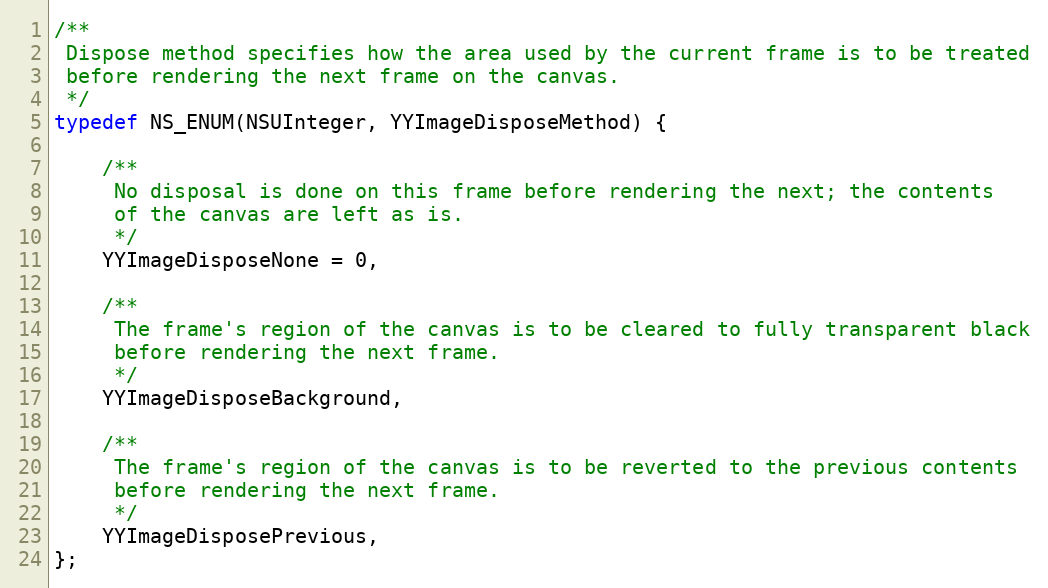
Language: C
/**
 Dispose method specifies how the area used by the current frame is to be treated
 before rendering the next frame on the canvas.
 */
typedef NS_ENUM(NSUInteger, YYImageDisposeMethod) {

    /**
     No disposal is done on this frame before rendering the next; the contents
     of the canvas are left as is.
     */
    YYImageDisposeNone = 0,

    /**
     The frame's region of the canvas is to be cleared to fully transparent black
     before rendering the next frame.
     */
    YYImageDisposeBackground,

    /**
     The frame's region of the canvas is to be reverted to the previous contents
     before rendering the next frame.
     */
    YYImageDisposePrevious,
};